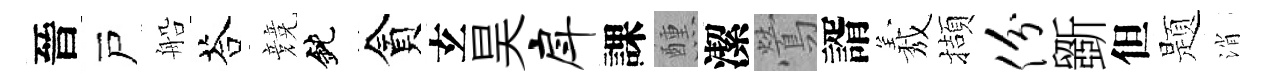
晉戸船荅競鈍貪𤣥昊戽課醺潔鶯諝𦏁擷份斵但题消